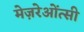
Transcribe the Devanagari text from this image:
मेज़रेओंत्सी